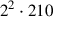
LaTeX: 2 ^ { 2 } \cdot 2 1 0